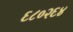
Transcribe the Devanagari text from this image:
६८०२६४